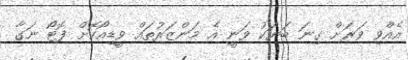
އެއްވި ވަރަށް ގިނަ ބަޔަކު ވަނީ އެ މަންޒަރުތައް ވީޑިއޯކޮށް ފޮޓޯ ނަގާ